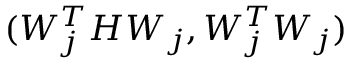
( W _ { j } ^ { T } H W _ { j } , W _ { j } ^ { T } W _ { j } )